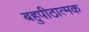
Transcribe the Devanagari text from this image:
बहुपीठात्मक